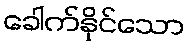
ခေါက်နိုင်သော